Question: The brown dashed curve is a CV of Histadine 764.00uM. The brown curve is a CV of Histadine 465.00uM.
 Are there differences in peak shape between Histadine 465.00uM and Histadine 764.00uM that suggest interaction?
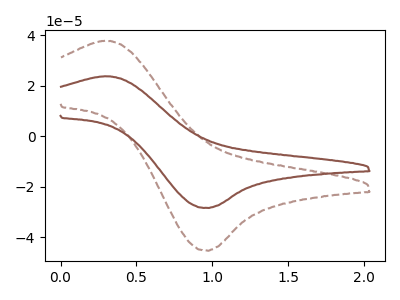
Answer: <think>The brown dashed curve "Histadine 764.00uM" has an anodic peak at (0.30V, 37.75uA) and a cathodic peak at (0.95V, -45.35uA). The brown curve "Histadine 465.00uM" has an anodic peak at (0.30V, 23.70uA) and a cathodic peak at (0.95V, -28.45uA).
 All the peaks in "Histadine 465.00uM" have a peak in "Histadine 764.00uM" at the same potential. Every peak in "Histadine 465.00uM" is lower than every peak in "Histadine 764.00uM".</think>
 <answer>No, "Histadine 465.00uM" and "Histadine 764.00uM" don't appear to be significantly different in shape</answer>
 <eval>no_change</eval>